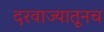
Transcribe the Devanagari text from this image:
दरवाज्यातूनच